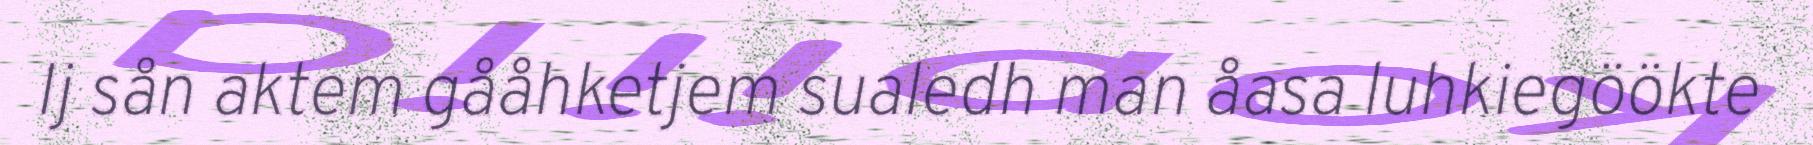
Ij sån aktem gååhketjem sualedh man åasa luhkiegöökte